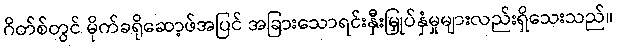
ဂိတ်စ်တွင် မိုက်ခရိုဆော့ဖ်အပြင် အခြားသောရင်းနှီးမြှုပ်နှံမှုများလည်းရှိသေးသည်။